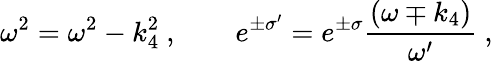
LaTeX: \omega^{2}=\omega^{2}-k_{4}^{2}\ ,\qquad e^{\pm\sigma^{\prime}}=e^{\pm\sigma}{\frac{(\omega\mp k_{4})}{\omega^{\prime}}}\ ,